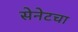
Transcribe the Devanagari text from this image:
सेनेटचा